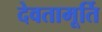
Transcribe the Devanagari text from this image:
देवतामूर्ति